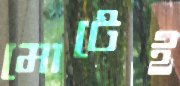
মোটেই